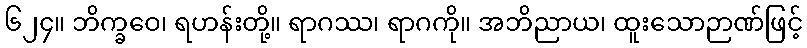
၆၂၄။ ဘိက္ခဝေ၊ ရဟန်းတို့။ ရာဂဿ၊ ရာဂကို။ အဘိညာယ၊ ထူးသောဉာဏ်ဖြင့်